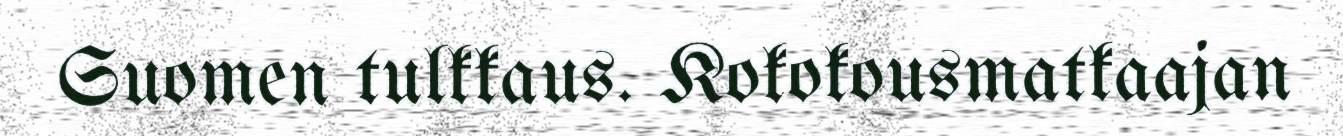
Suomen tulkkaus. Kokokousmatkaajan